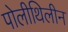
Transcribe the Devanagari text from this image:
पोलीथिलीन